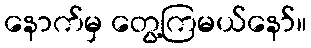
နောက်မှ တွေ့ကြမယ်နော်။